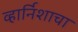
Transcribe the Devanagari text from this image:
व्हार्निशाचा